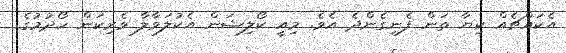
އެކައްޗެއް ކިޔާ ތަން ފެނިގެންދެ އެވެ. މިއީ ކޯލިޝަން އެކުލަވާލާ ވެރިކަން ހޯދުމުގެ